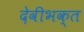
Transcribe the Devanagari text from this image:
देवीभक्त